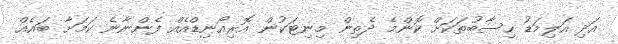
އަދި އަލިމަޑު ހިސާބުތަކަށް ކޮންމެ ދެތިން މިނިޓަކުން އޮރިއޯނިޑްއެއް ފެންނާނެ ކަމަށާ ބައެއް